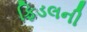
ફિડલની